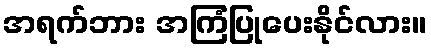
အရက်ဘား အကြံပြုပေးနိုင်လား။